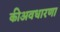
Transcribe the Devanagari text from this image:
कीअवधारणा